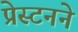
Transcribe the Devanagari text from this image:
प्रेस्टनने